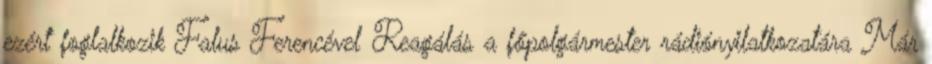
ezért foglalkozik Falus Ferencével Reagálás a főpolgármester rádiónyilatkozatára Már